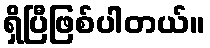
ရှိပြီဖြစ်ပါတယ်။